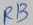
Text: R13